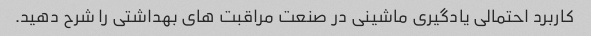
کاربرد احتمالی یادگیری ماشینی در صنعت مراقبت های بهداشتی را شرح دهید.